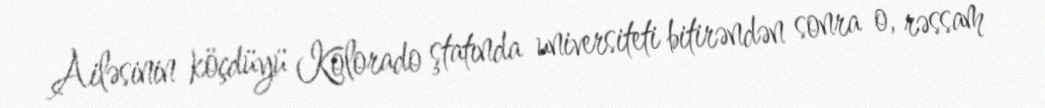
Ailəsinin köçdüyü Kolorado ştatında universiteti bitirəndən sonra o, rəssam